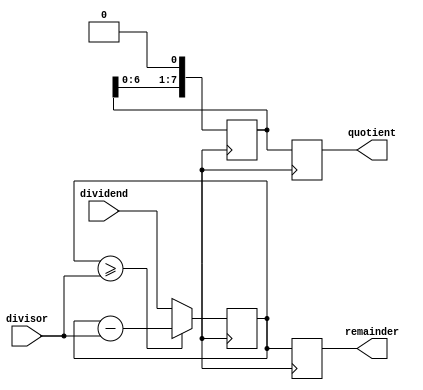
module binary_divider (
  input [7:0] dividend,
  input [7:0] divisor,
  output reg [7:0] quotient,
  output reg [7:0] remainder
);

reg [7:0] current_remainder;
reg [7:0] current_quotient;

always @ (posedge clk) begin
  current_remainder <= dividend;
  current_quotient <= 0;
  
  repeat (8) begin
    if (current_remainder >= divisor) begin
      current_remainder <= current_remainder - divisor;
      current_quotient <= current_quotient + 1;
    end
    current_quotient <= current_quotient << 1; // shift the quotient left
  end
  
  quotient <= current_quotient;
  remainder <= current_remainder;
  
end

endmodule